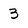
Character: 3